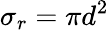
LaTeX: \sigma_{r}=\pi d^{2}